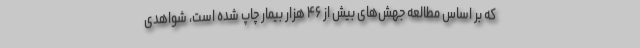
که بر اساس مطالعه جهش‌های بیش از ۴۶ هزار بیمار چاپ شده است، شواهدی